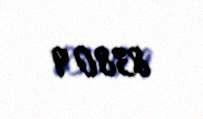
8380 q